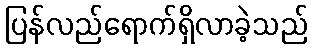
ပြန်လည်ရောက်ရှိလာခဲ့သည်